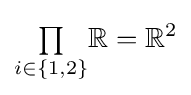
{\textstyle \prod \limits _{i\in \{1,2\}}}\mathbb {R} =\mathbb {R} ^{2}